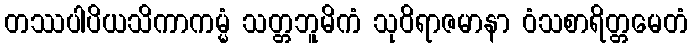
တဿပါပိယသိကာကမ္မံ သတ္တဘူမိကံ သုဝိရာဇမာနာ ဝံသစာရိတ္တမေတံ